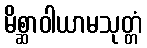
မိစ္ဆာဝါယာမသုတ္တံ